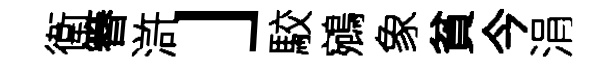
衛簮滸」駮鵷象貧今涓